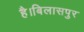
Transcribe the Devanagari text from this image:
है।बिलासपुर